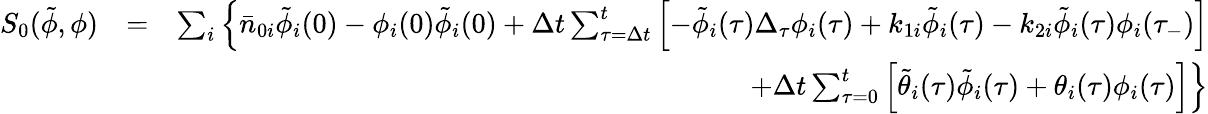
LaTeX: \begin{array}{rlr}{S_{0}(\tilde{\phi},\phi)}&{=}&{\sum_{i}\Big\lbrace\bar{n}_{0i}\tilde{\phi}_{i}(0)-\phi_{i}(0)\tilde{\phi}_{i}(0)+\Delta t\sum_{\tau=\Delta t}^{t}\left[-\tilde{\phi}_{i}(\tau)\Delta_{\tau}\phi_{i}(\tau)+k_{1i}\tilde{\phi}_{i}(\tau)-k_{2i}\tilde{\phi}_{i}(\tau)\phi_{i}(\tau_{-})\right]}\\ &{}&{+\Delta t\sum_{\tau=0}^{t}\left[\tilde{\theta}_{i}(\tau)\tilde{\phi}_{i}(\tau)+\theta_{i}(\tau)\phi_{i}(\tau)\right]\Big\rbrace}\end{array}